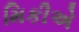
મિકીએ